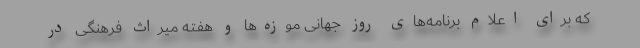
که برای اعلام برنامه‌های روز جهانی موزه‌ها و هفته میراث فرهنگی در